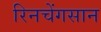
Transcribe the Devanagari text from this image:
रिनचेंगसान